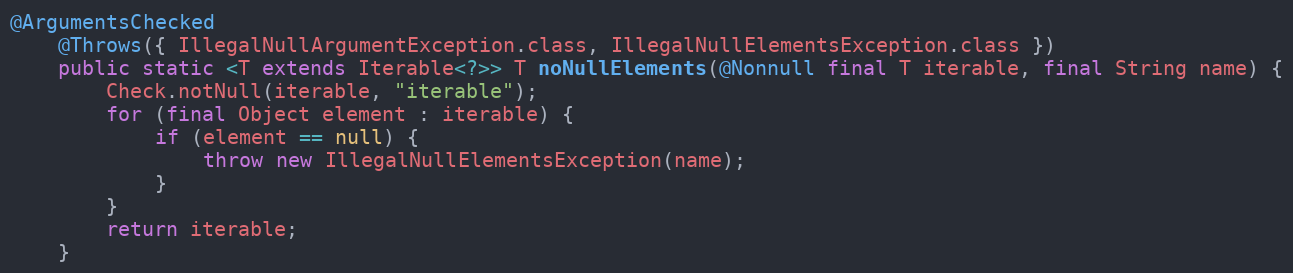
Language: Java
@ArgumentsChecked
	@Throws({ IllegalNullArgumentException.class, IllegalNullElementsException.class })
	public static <T extends Iterable<?>> T noNullElements(@Nonnull final T iterable, final String name) {
		Check.notNull(iterable, "iterable");
		for (final Object element : iterable) {
			if (element == null) {
				throw new IllegalNullElementsException(name);
			}
		}
		return iterable;
	}